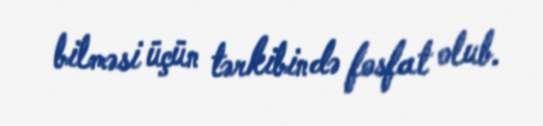
bilməsi üçün tərkibində fosfat olub.